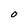
Character: O